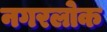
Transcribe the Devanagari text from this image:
नगरलोक